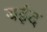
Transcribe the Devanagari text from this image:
बईद